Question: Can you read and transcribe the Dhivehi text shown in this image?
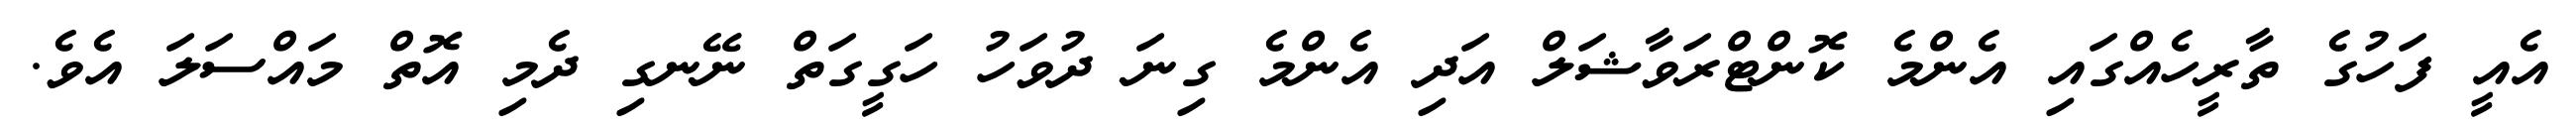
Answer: އެއީ ފަހުގެ ތާރީހެއްގައި އެންމެ ކޮންޓްރަވާޝަލް އަދި އެންމެ ގިނަ ދުވަހު ހަގީގަތް ނޭނގި ދެމި އޮތް މައްސަލަ އެވެ.